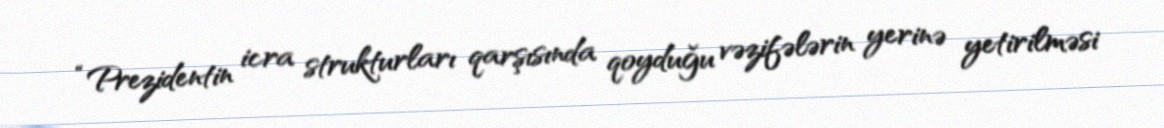
“Prezidentin icra strukturları qarşısında qoyduğu vəzifələrin yerinə yetirilməsi